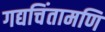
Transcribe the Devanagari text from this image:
गद्यचिंतामणि